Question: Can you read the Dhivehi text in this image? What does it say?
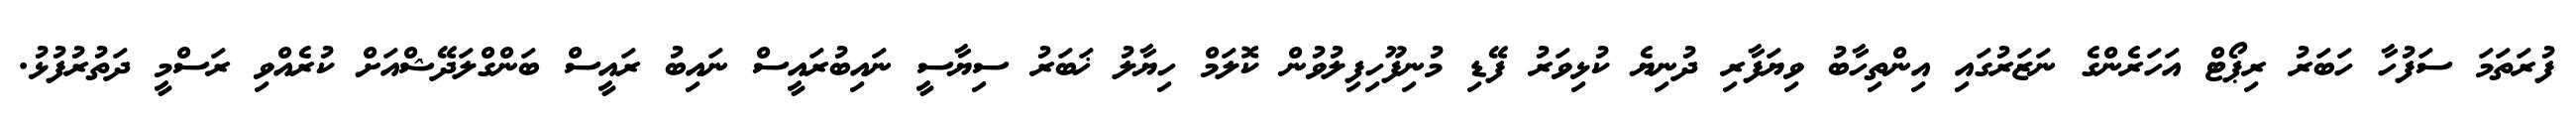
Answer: ފުރަތަމަ ސަފުހާ ހަބަރު ރިޕޯޓް އަހަރެންގެ ނަޒަރުގައި އިންތިހާބު ވިޔަފާރި ދުނިޔެ ކުޅިވަރު ފޭޑި މުނިފޫހިފިލުވުން ކޮލަމް ހިޔާލު ޚަބަރު ސިޔާސީ ނައިބުރައީސް ނައިބު ރައީސް ބަންގްލަދޭޝްއަށް ކުރެއްވި ރަސްމީ ދަތުރުފުޅު.